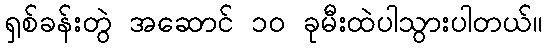
ရှစ်ခန်းတွဲ အဆောင် ၁၀ ခုမီးထဲပါသွားပါတယ်။